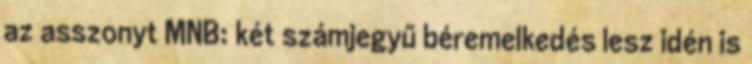
az asszonyt MNB: két számjegyű béremelkedés lesz idén is